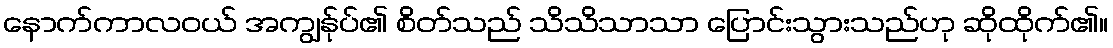
နောက်ကာလဝယ် အကျွန်ုပ်၏ စိတ်သည် သိသိသာသာ ပြောင်းသွားသည်ဟု ဆိုထိုက်၏။